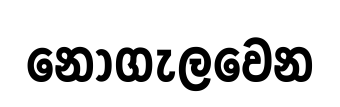
නොගැලවෙන